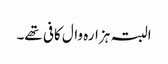
البتہ ہزارہ وال کافی تھے۔